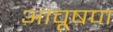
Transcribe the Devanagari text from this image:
आचूषण